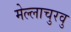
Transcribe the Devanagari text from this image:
मेल्‍लाचुरवु